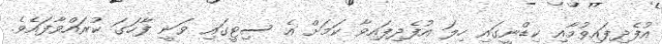
އުފެދިފައިވުމާއި ކިޑްނީގައި ހިލަ އުފެދިފައިވާ ކަމަށް އެ ސިޓީގައި ވަނީ ފާހަގަ ކުރައްވާފައެވެ.